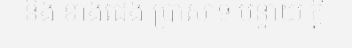
និង ខាងជើង ប្រាសាទ បន្ទាយ ក្តី